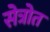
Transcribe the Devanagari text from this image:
सेत्रोत